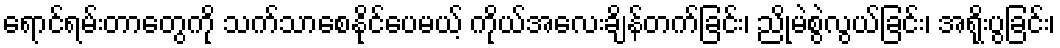
ရောင်ရမ်းတာတွေကို သက်သာစေနိုင်ပေမယ့် ကိုယ်အလေးချိန်တက်ခြင်း၊ ညိုမဲစွဲလွယ်ခြင်း၊ အရိုးပွခြင်း၊